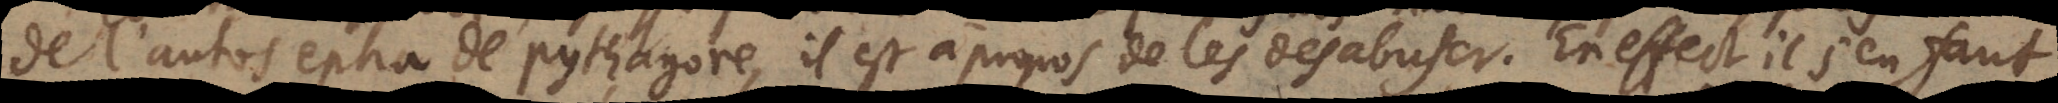
de l’autos epha de Pythagore, il est à propos de les desabuser. En effect il s’en faut